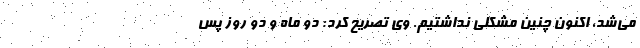
می‌شد، اکنون چنین مشکلی نداشتیم. وی تصریح کرد: دو ماه و دو روز پس